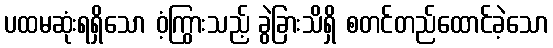
ပထမဆုံးရရှိသော ဝံ့ကြွားသည့် ခွဲခြားသိရှိ စတင်တည်ထောင်ခဲ့သော